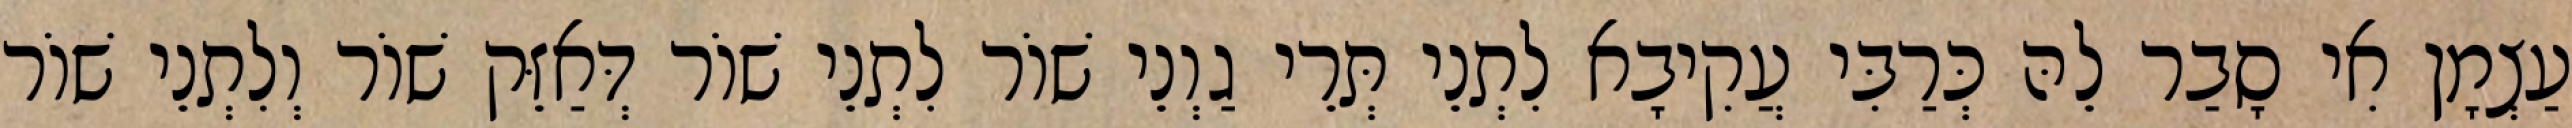
עַצְמָן אִי סָבַר לֵהּ כְּרַבִּי עֲקִיבָא לִתְנֵי תְּרֵי גַוְנֵי שׁוֹר לִתְנֵי שׁוֹר דְּאַזֵּק שׁוֹר וְלִתְנֵי שׁוֹר